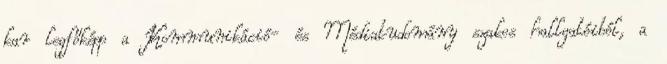
kar legfőképp a Kommunikáció- és Médiatudomány szakos hallgatóiból, a